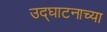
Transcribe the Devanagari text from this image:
उद्घाटनाच्या